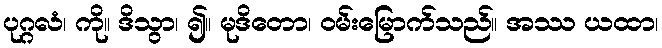
ပုဂ္ဂလံ၊ ကို။ ဒိသွာ၊ ၍။ မုဒိတော၊ ဝမ်းမြောက်သည်။ အဿ ယထာ၊